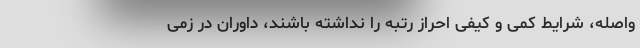
واصله، شرایط کمی و کیفی احراز رتبه را نداشته باشند، داوران در زمی